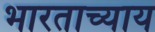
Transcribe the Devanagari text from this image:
भारताच्याय